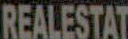
REALESTAT